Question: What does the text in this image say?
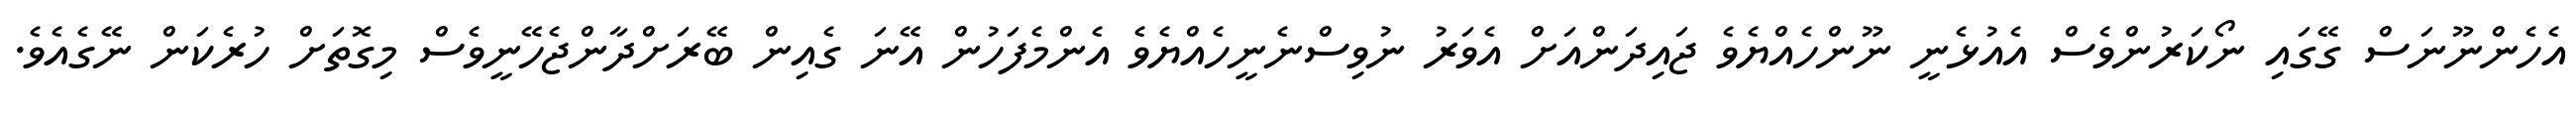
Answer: އެހެންނޫނަސް ގޭގައި ނޯކަރުންވެސް އެއުޅެނީ ނޫންހެއްޔެވެ ޖައިދަންއަށް އެވަރު ނުވިސްނެނީހެއްޔެވެ އެންމެފަހުން އޭނަ ގެއިން ބޭރަށްދާންޖެހޭނީވެސް މިގޮތަށް ހުރެކަން ނޭގެއެވެ.